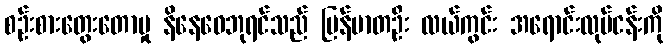
စဉ်းစားတွေးတောမှု နိနေဝေဘုရင်သည် မြန်မာတဦး လယ်ကွင်း အရောင်းလုပ်ငန်းကို